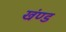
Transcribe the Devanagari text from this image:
खंण्ड